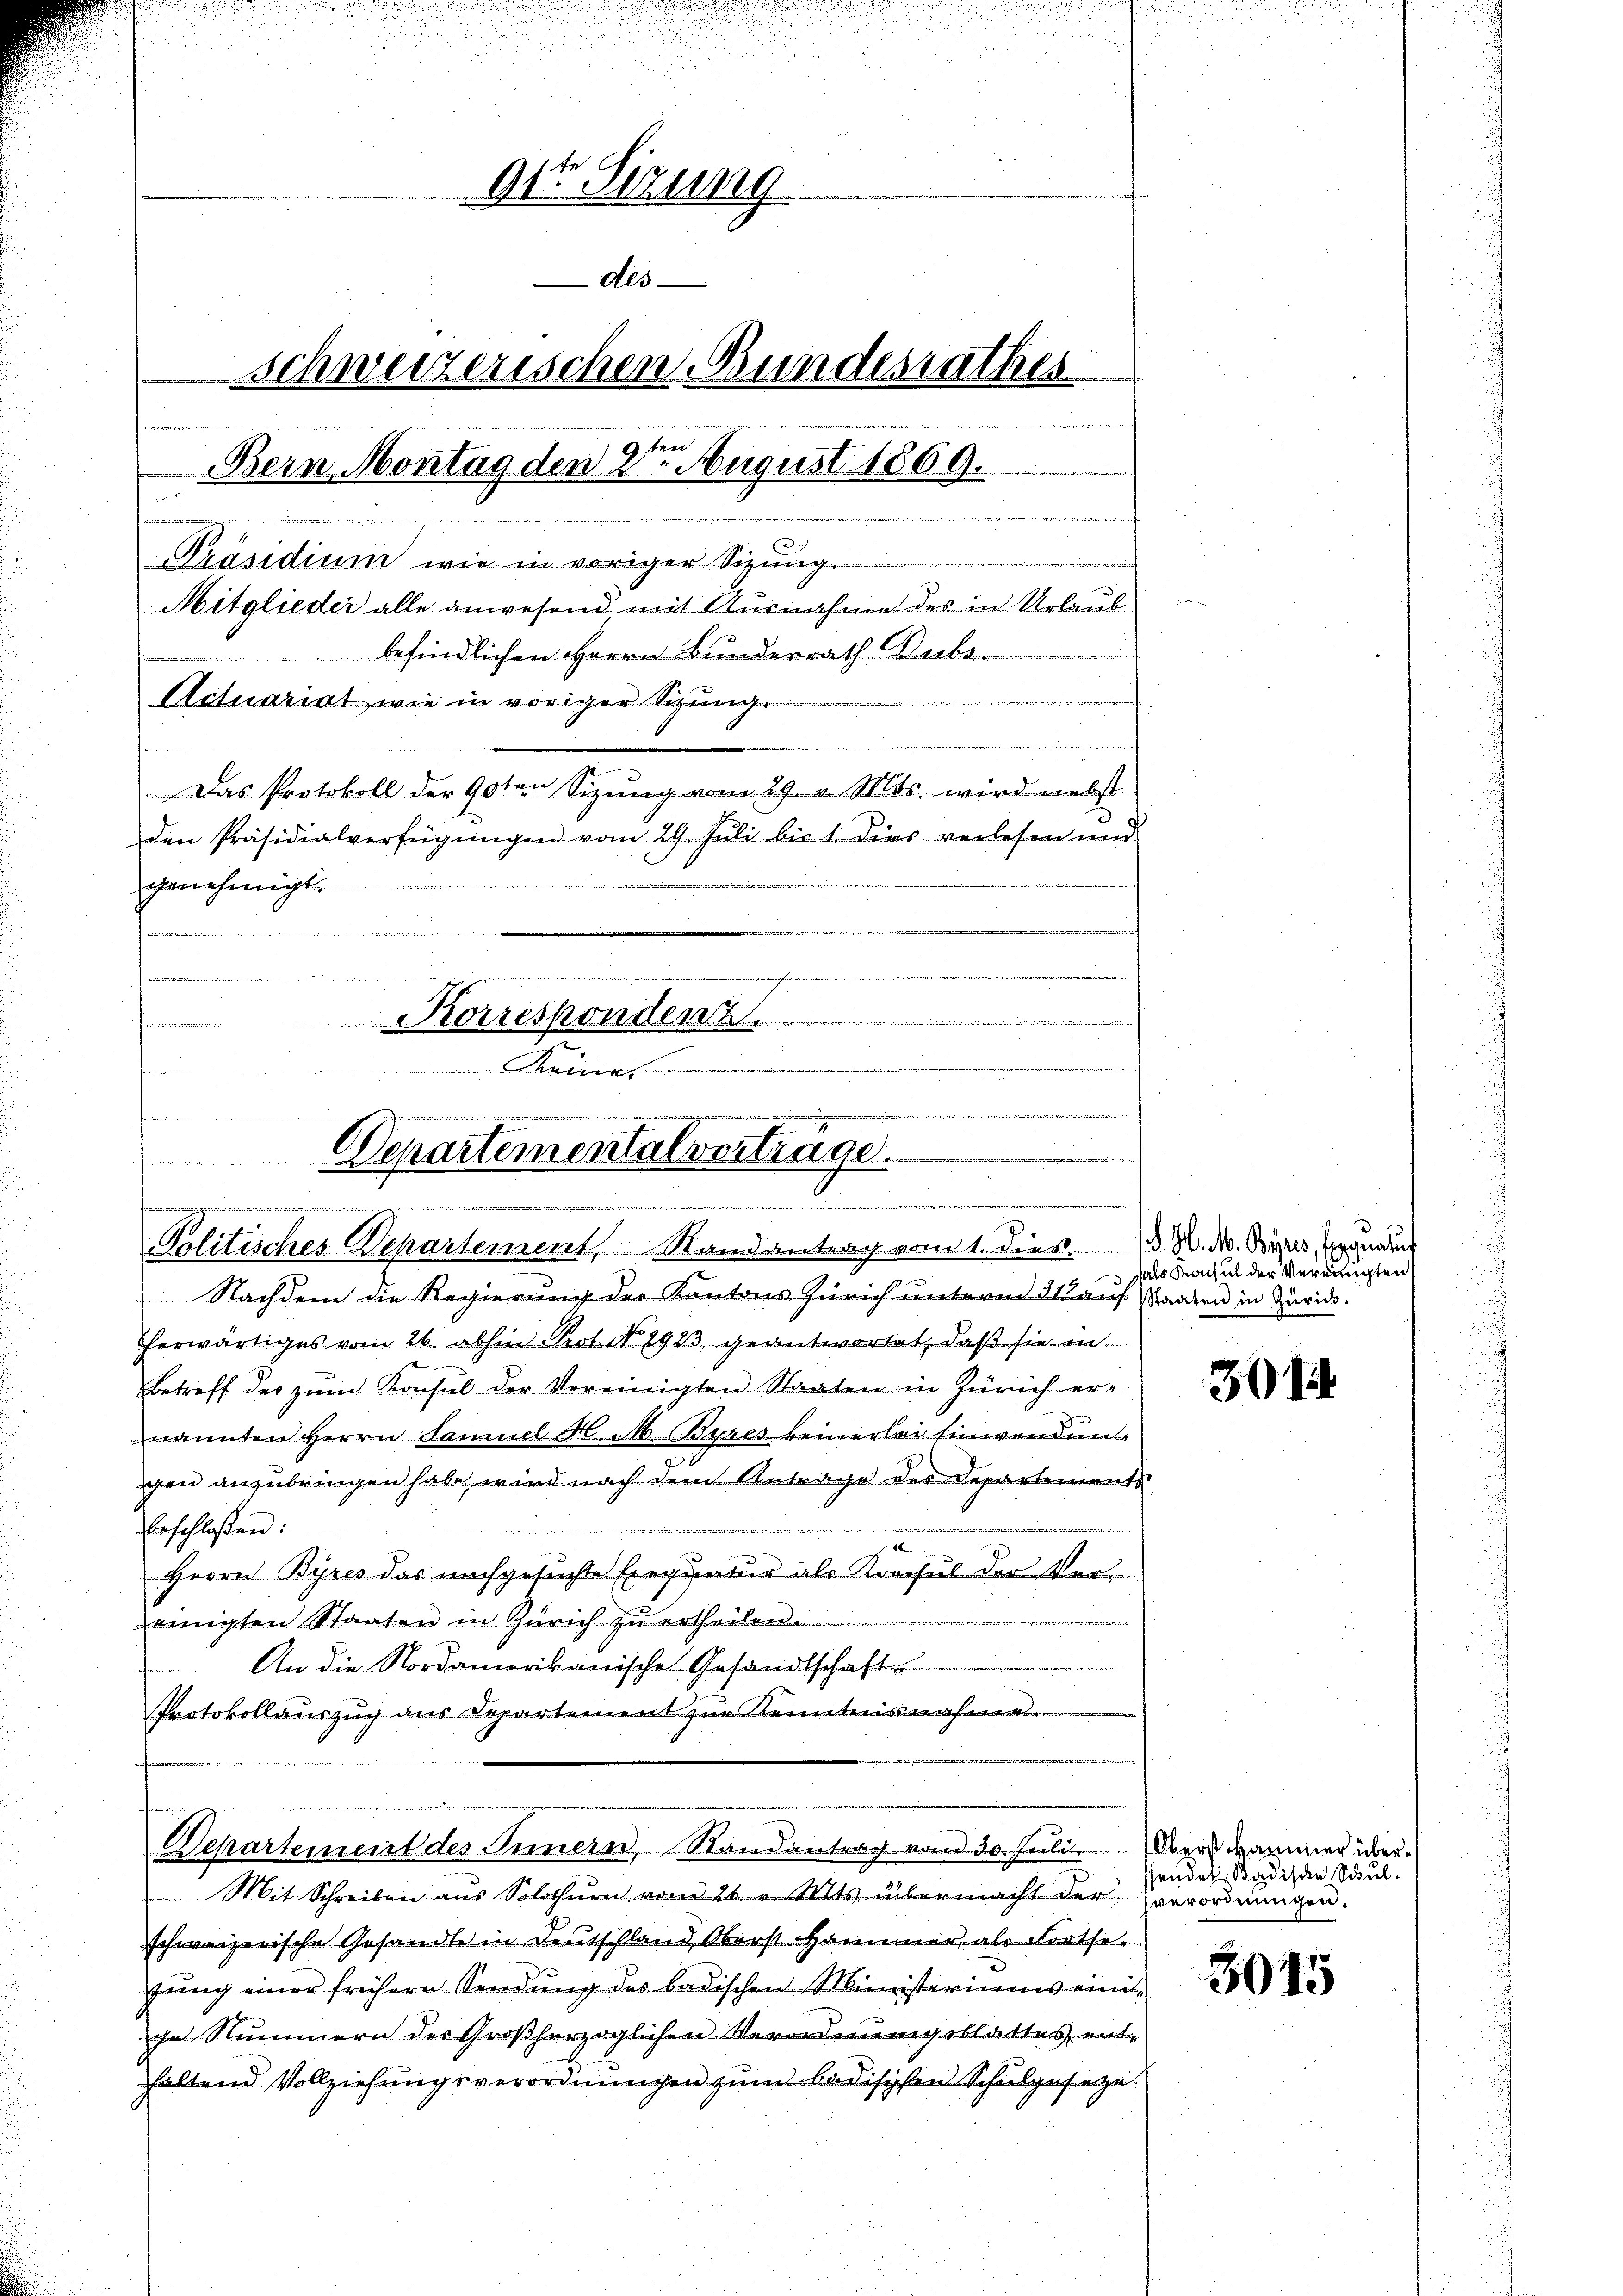
9te Sizung
des
schweizerischen Bundesrathes
e
e
Bern Montag den 2. August 1869.

               sie sich ein diese sichte, er sich hiesigen die eine anderen trete
.
Präsidium wie in voriger Sitzung
Mitglieder alle anwesend mit Ausnahme des in Urlaub-
befindlichen Herrn Bunderrath Subs
Actuariat, wie in voriger Sizung.
e
Das Protokoll der 90ten Sizŭng vom 29. v. Mts. wird nebst
den Präsidialverfügŭngen vom 29. Juli bis 1. dies verlesen und

genehmigt

2
weder eher den Bei der
Korrespondenz.

u
.
m2,70 in
.
t
  und den we
i
n
Departementalvertrage.
n
.
ammine und die die
Politisches Separtement, Randantrag vom 1. Dies d. N. N. Byres Ergnang

Nachdem die Regierung der Kantons Zürich unterm 21 auf Waaren in Zürich.
herwärtiges vom 26. abhin Prot. N. 1923 geantwortet, daß sie in
Betreff der zum Konsul der Vereinigten Staaten in Zürich er-
nannten Herrn Samuel H. M. Byres keinerlei Einwendungen anzubringen habe, wird nach dem Antrage des Departements
beschlossen:
Herrn Byres das nachgesuchte Exequatur als Krocful der Vereinigten Staaten in Zürich zŭ ertheilen.
An die Nordamerikanische Gesandtschaft
Protokollauszug aus Departement zur Kenntnisnahme

. und
Departemeint des Innern, Randantrag vom 30. Juli.

Mit Schreiben ans Solothurn vom 26. v. Mts. übermacht der Everordnŭngen.
schweizerische Gesandte in Deutschland, Oberst Hammer, als Fortsegung einer frühern Sendung des badischen Ministeriums einiie Nummern der Großherzoglichen Verordnungsblattes enthaltend Vollziehungsverordnungen zum badischen Schulgesetze

fals Konsul der Vereinigten

301

Oberst Hammer über
sendet Badischen Schul¬

3015